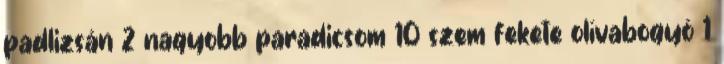
padlizsán 2 nagyobb paradicsom 10 szem fekete olívabogyó 1